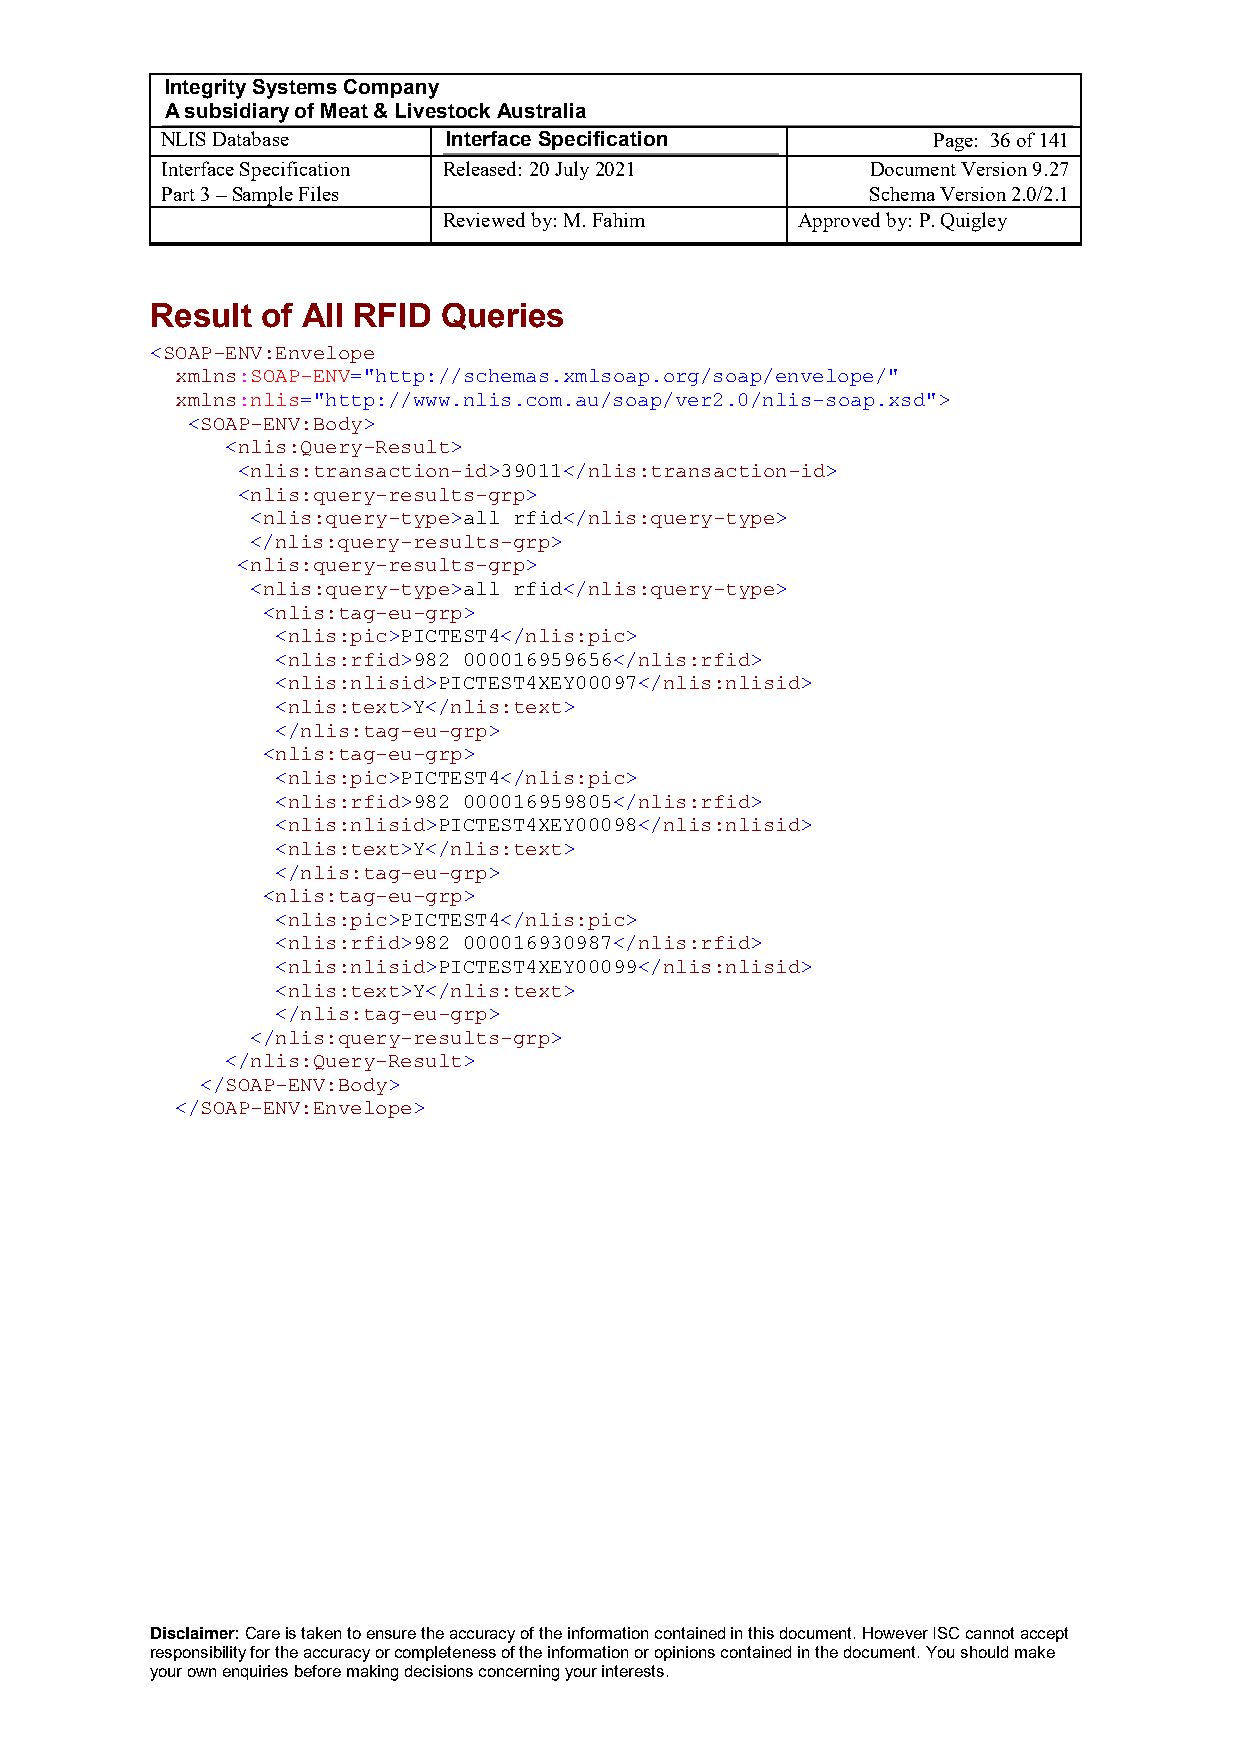
Integrity Systems Company
 A subsidiary of Meat & Livestock Australia
 NLIS Database      Interface Specification         Page: 36 of 141
 Interface Specification Released: 20 July 2021 Document Version 9.27
 Part 3 – Sample Files                          Schema Version 2.0/2.1
 Reviewed by: M. Fahim   Approved by: P. Quigley
 Result of All RFID Queries
 <SOAP-ENV:Envelope
 xmlns:SOAP-ENV="http://schemas.xmlsoap.org/soap/envelope/"
 xmlns:nlis="http://www.nlis.com.au/soap/ver2.0/nlis-soap.xsd">
 <SOAP-ENV:Body>
 <nlis:Query-Result>
 <nlis:transaction-id>39011</nlis:transaction-id>
 <nlis:query-results-grp>
 <nlis:query-type>all rfid</nlis:query-type>
 </nlis:query-results-grp>
 <nlis:query-results-grp>
 <nlis:query-type>all rfid</nlis:query-type>
 <nlis:tag-eu-grp>
 <nlis:pic>PICTEST4</nlis:pic>
 <nlis:rfid>982 000016959656</nlis:rfid>
 <nlis:nlisid>PICTEST4XEY00097</nlis:nlisid>
 <nlis:text>Y</nlis:text>
 </nlis:tag-eu-grp>
 <nlis:tag-eu-grp>
 <nlis:pic>PICTEST4</nlis:pic>
 <nlis:rfid>982 000016959805</nlis:rfid>
 <nlis:nlisid>PICTEST4XEY00098</nlis:nlisid>
 <nlis:text>Y</nlis:text>
 </nlis:tag-eu-grp>
 <nlis:tag-eu-grp>
 <nlis:pic>PICTEST4</nlis:pic>
 <nlis:rfid>982 000016930987</nlis:rfid>
 <nlis:nlisid>PICTEST4XEY00099</nlis:nlisid>
 <nlis:text>Y</nlis:text>
 </nlis:tag-eu-grp>
 </nlis:query-results-grp>
 </nlis:Query-Result>
 </SOAP-ENV:Body>
 </SOAP-ENV:Envelope>
 Disclaimer: Care is taken to ensure the accuracy of the information contained in this document. However ISC cannot accept
 responsibility for the accuracy or completeness of the information or opinions contained in the document. You should make
 your own enquiries before making decisions concerning your interests.